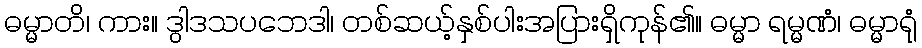
ဓမ္မာတိ၊ ကား။ ဒွါဒသပဘေဒါ၊ တစ်ဆယ့်နှစ်ပါးအပြားရှိကုန်၏။ ဓမ္မာ ရမ္မဏံ၊ ဓမ္မာရုံ